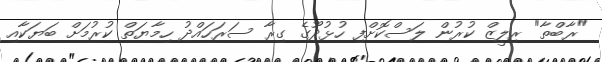
"ރާބްތާ" ރިލީޒް ކުރުން ލަސްކޮށްފި ހުޅުދޫގެ ގިރާ ސަރަހައްދު ހިމާޔަތް ކުރުމަށް ބަޔަކާއި